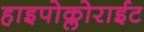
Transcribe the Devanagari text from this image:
हाइपोक्लोराईट